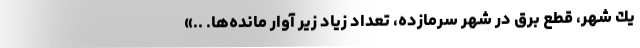
يك شهر، قطع برق در شهر سرمازده، تعداد زياد زير آوار مانده‌ها. ..»